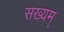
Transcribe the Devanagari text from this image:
सख्यम्